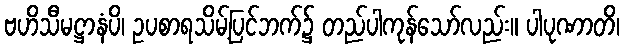
ဗဟိသီမဋ္ဌာနံပိ၊ ဥပစာရသိမ့်ပြင်ဘက်၌ တည်ပါကုန်သော်လည်း။ ပါပုဏာတိ၊